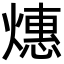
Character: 𬋅